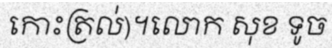
កោះត្រល់)។លោក សុខ ទូច